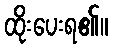
ထိုးပေးရ၏။